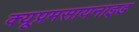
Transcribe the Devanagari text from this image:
क्यूप्रमसायनाइड